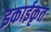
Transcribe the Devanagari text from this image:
इकाईकृत